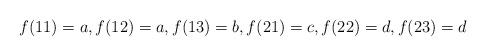
LaTeX: \begin{align*} f(11)=a, f(12)=a,f(13)=b,f(21)=c,f(22)=d, f(23)=d\end{align*}